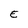
Character: e